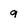
Character: 9